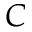
C